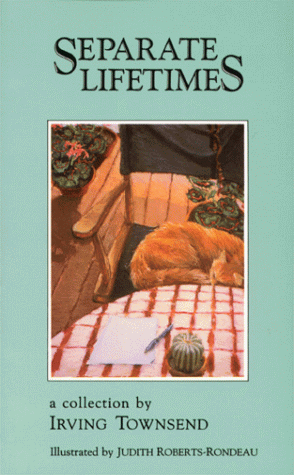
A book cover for Separate Lifetimes; Irving Townsend; Humor & Entertainment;